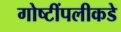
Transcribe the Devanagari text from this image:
गोष्टींपलीकडे